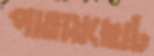
পাতায়ছোট